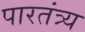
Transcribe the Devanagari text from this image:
पारतंत्र्य